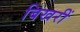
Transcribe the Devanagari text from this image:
बिखरीं